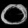
Digit: ၀